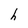
Character: h